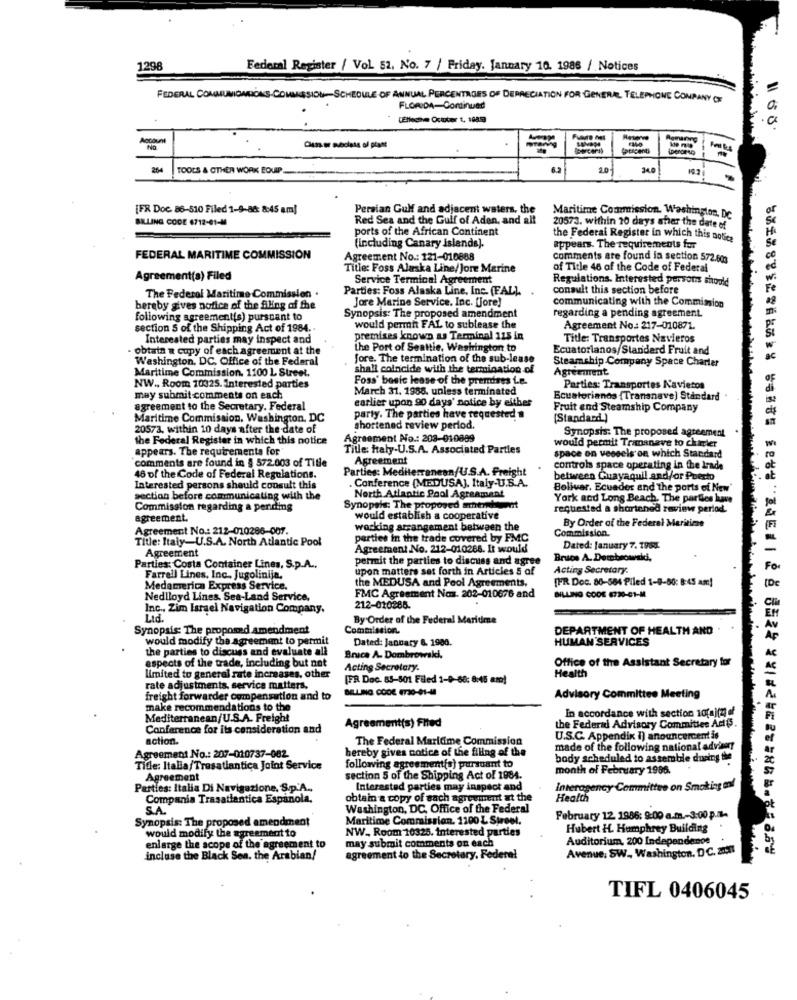
1298
Federal Register / Vol. 52, No. 7 / Friday. Jannary 10. 1986 / Notices
FEDERAL COMMUNICATIONSCOMMISSION-SCHEDULE OF ANNUAL PERCENTAGES OF DEPRECIATION FOR GENERAL, TELEPHONE COMPANY CHF
FLORIDA-Continued
1108.
Future nel
As of plant
Cauceno
204
TOOLS & OTHER WORK EQUIP.
2.0
34.0
[FR Doc. 86-510 Filed 1-9-86: 8:45 am]
Persian Gulf and adjacent waters, the
BILLING CODE 6712-01-M
Red Sea and the Gulf of Aden, and all
Maritime Commission. Washington, Dc
ports of the African Continent
20573. within 20 days sher the date of
the Federal Register in which this notice
(including Canary islands).
appears. The requirements for
FEDERAL MARITIME COMMISSION
Agreement No .: 121-010888
Comments are found la section 572.603
Title: Foss Alaska Line/Jore Marine
of Title 46 of the Code of Federal
Agreement(a) Filed
Service Terminal Agreement
Regulations. Interested persons should
Parties: Foss Alaska Line, Inc. (FAL).
consult this section before
The Federal Maritime Commission .
Jore Marine Service. Inc. (jore)
communicating with the Commission
bereby gives notice of the Aling of the
regarding a pending agreement.
following agreement(s) pursuant to
Synopsis: The proposed amendment
section S of the Shipping Act of 1984.
would permit FAL to sublease the
Agreement No .: 217-010871.
Interested parties may inspect and
premises known as Terminal 115 in
Title: Transportes Navieros
obtain a copy of each agreement at the
the Port of Seattle, Washington to
Ecuatorianos/Standard Fruit and
Washington, DC, Office of the Federal
Jore. The termination of the sub-lease
Steamship Company Space Charter
Maritime Commission. 1100 L Street.
shall coincide with the termination of
Agreement
Foss' bonic lease of the premises i.e.
NW ., Room 10325. Interested parties
March 31. 1988. unless terminated
Parties: Transportes Navietos
may submit comments on each
earlier upon 90 days' notice by either
Ecuatorianos {Transnave) Standard
agreement to the Secretary. Federal
Fruit and Steamship Company
Maritime Commission, Washington, DC
party. The parties have requested #
(Standard )
20573, within 10 days after the date of
shortened review period.
Synopsis: The proposed agreement
the Federal Register in which this notice
Agreement Ao .: 203-010889
would permit Tramanave to charler
appears. The requirements for
Title: Italy-U.S.A. Associated Parties
space on vessels on which Standard
comments are found in § 572.003 of Title
Agreement
Parties: Mediterranean/U.S.A. Freight
controls space operating in the irade
46 of the Code of Federal Regulations.
between Guayaquil and/or Puerto
Interested persons should consult this
Conference (MEDUSA], Italy-U.S.A.
Bolivar, Ecuador and the ports of New'
section before communicating with the
North Atlantic Pool Agreement
York and Long Beach. The parties have
Commission regarding a pending
Synopsis: The proposed mthunt
requested a shortened zewview period.
agreement.
would establish a cooperative
By Order of the Federal Maritime
Agreement No .: 212-010286-007.
working arrangement between the
Commission.
Title: Italy-U.S.A. North Atlantic Pool
parties in the trade covered by FMC
Agreement
Agreement No. 212-010268. It would
Dated: January 7. 1988.
permit the parties to discuss and agree
Bruce A. Derebrowdid,
Parties: Costa Container Lines, S.p.A .,
upon matters set forth in Articles 5 of
Acting Secretary.
Farrell Lines, Inc. Jugolinija,
[FR Doc. 86-584 Piled 1-8-80: 8:45 am!
Medamerica Express Service.
the MEDUSA and Peol Agreements.
Nedlloyd Lines, Sea-Land Service,
FMC Agreement Nos. 202-010676 and
BILLING CODE 8730-01-M
Inc ., Zim Israel Navigation Company,
212-010286.
Lid.
By Order of the Federal Maritime
Synopsis: The proposed amendment
Commission.
DEPARTMENT OF HEALTH AND
would modify the agreement to permit
Dated: January 6. 1986.
HUMAN SERVICES
the parties to discuss and evaluate all
aspects of the trade, including but not
Bruce A. Dombrowsld,
Office of the Assistant Secretary for
Acting Secretary.
Health
limited to general rate increases, other
[PR Doc. 85-801 Filed 1-9-68: 8:45 am!
rate adjustments, service matters.
BELLING CODE. AT30-01-48
freight forwarder compensation and to
Advisory Committee Meeting
make recommendations to the
In accordance with section 10[a][4] of
Mediterranean/U.S.A. Freight
Agreement(s) Filed
Conference for its consideration and
the Federal Advisory Committee Act(S.
action.
The Federal Maritime Commission
U.S.C. Appendix i) anouncercent is
hereby gives notice of the filing of the
made of the following national advisor
Agreement No .: 207-010737-082.
body scheduled to assemble during the
Tidle: Italia/Tresatlantica Joint Service
following agreement(o) pursuant to
month of February 1986.
Agreement
section 5 of the Shipping Act of 1984.
Parties: Italia Di Navigazione. S.p.A .,
Interested parties may inspect and
Interagency Committee on Smoking en!
Compania Trasatlantica Espanola,
obtain a copy of sach agreement at the
Health
SA
Washington, DC, Office of the Federal
Synopsis: The proposed amendment
Maritime Commission. 1100 L Street.
February 12 1986: 9:00 a.m .- 3:00 p.m.
would modify the agreement to
NW ., Room 10325. interested parties
Hubert H. Humphrey Building
Auditorium, 200 Independence
enlarge the scope of the agreement to
may submit comments on each
Avenue, SW ., Washington, DC. 20 !!
incluse the Black Sea. the Arabian/
agreement to the Secretary, Federal
TIFL 0406045